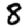
Digit: 8